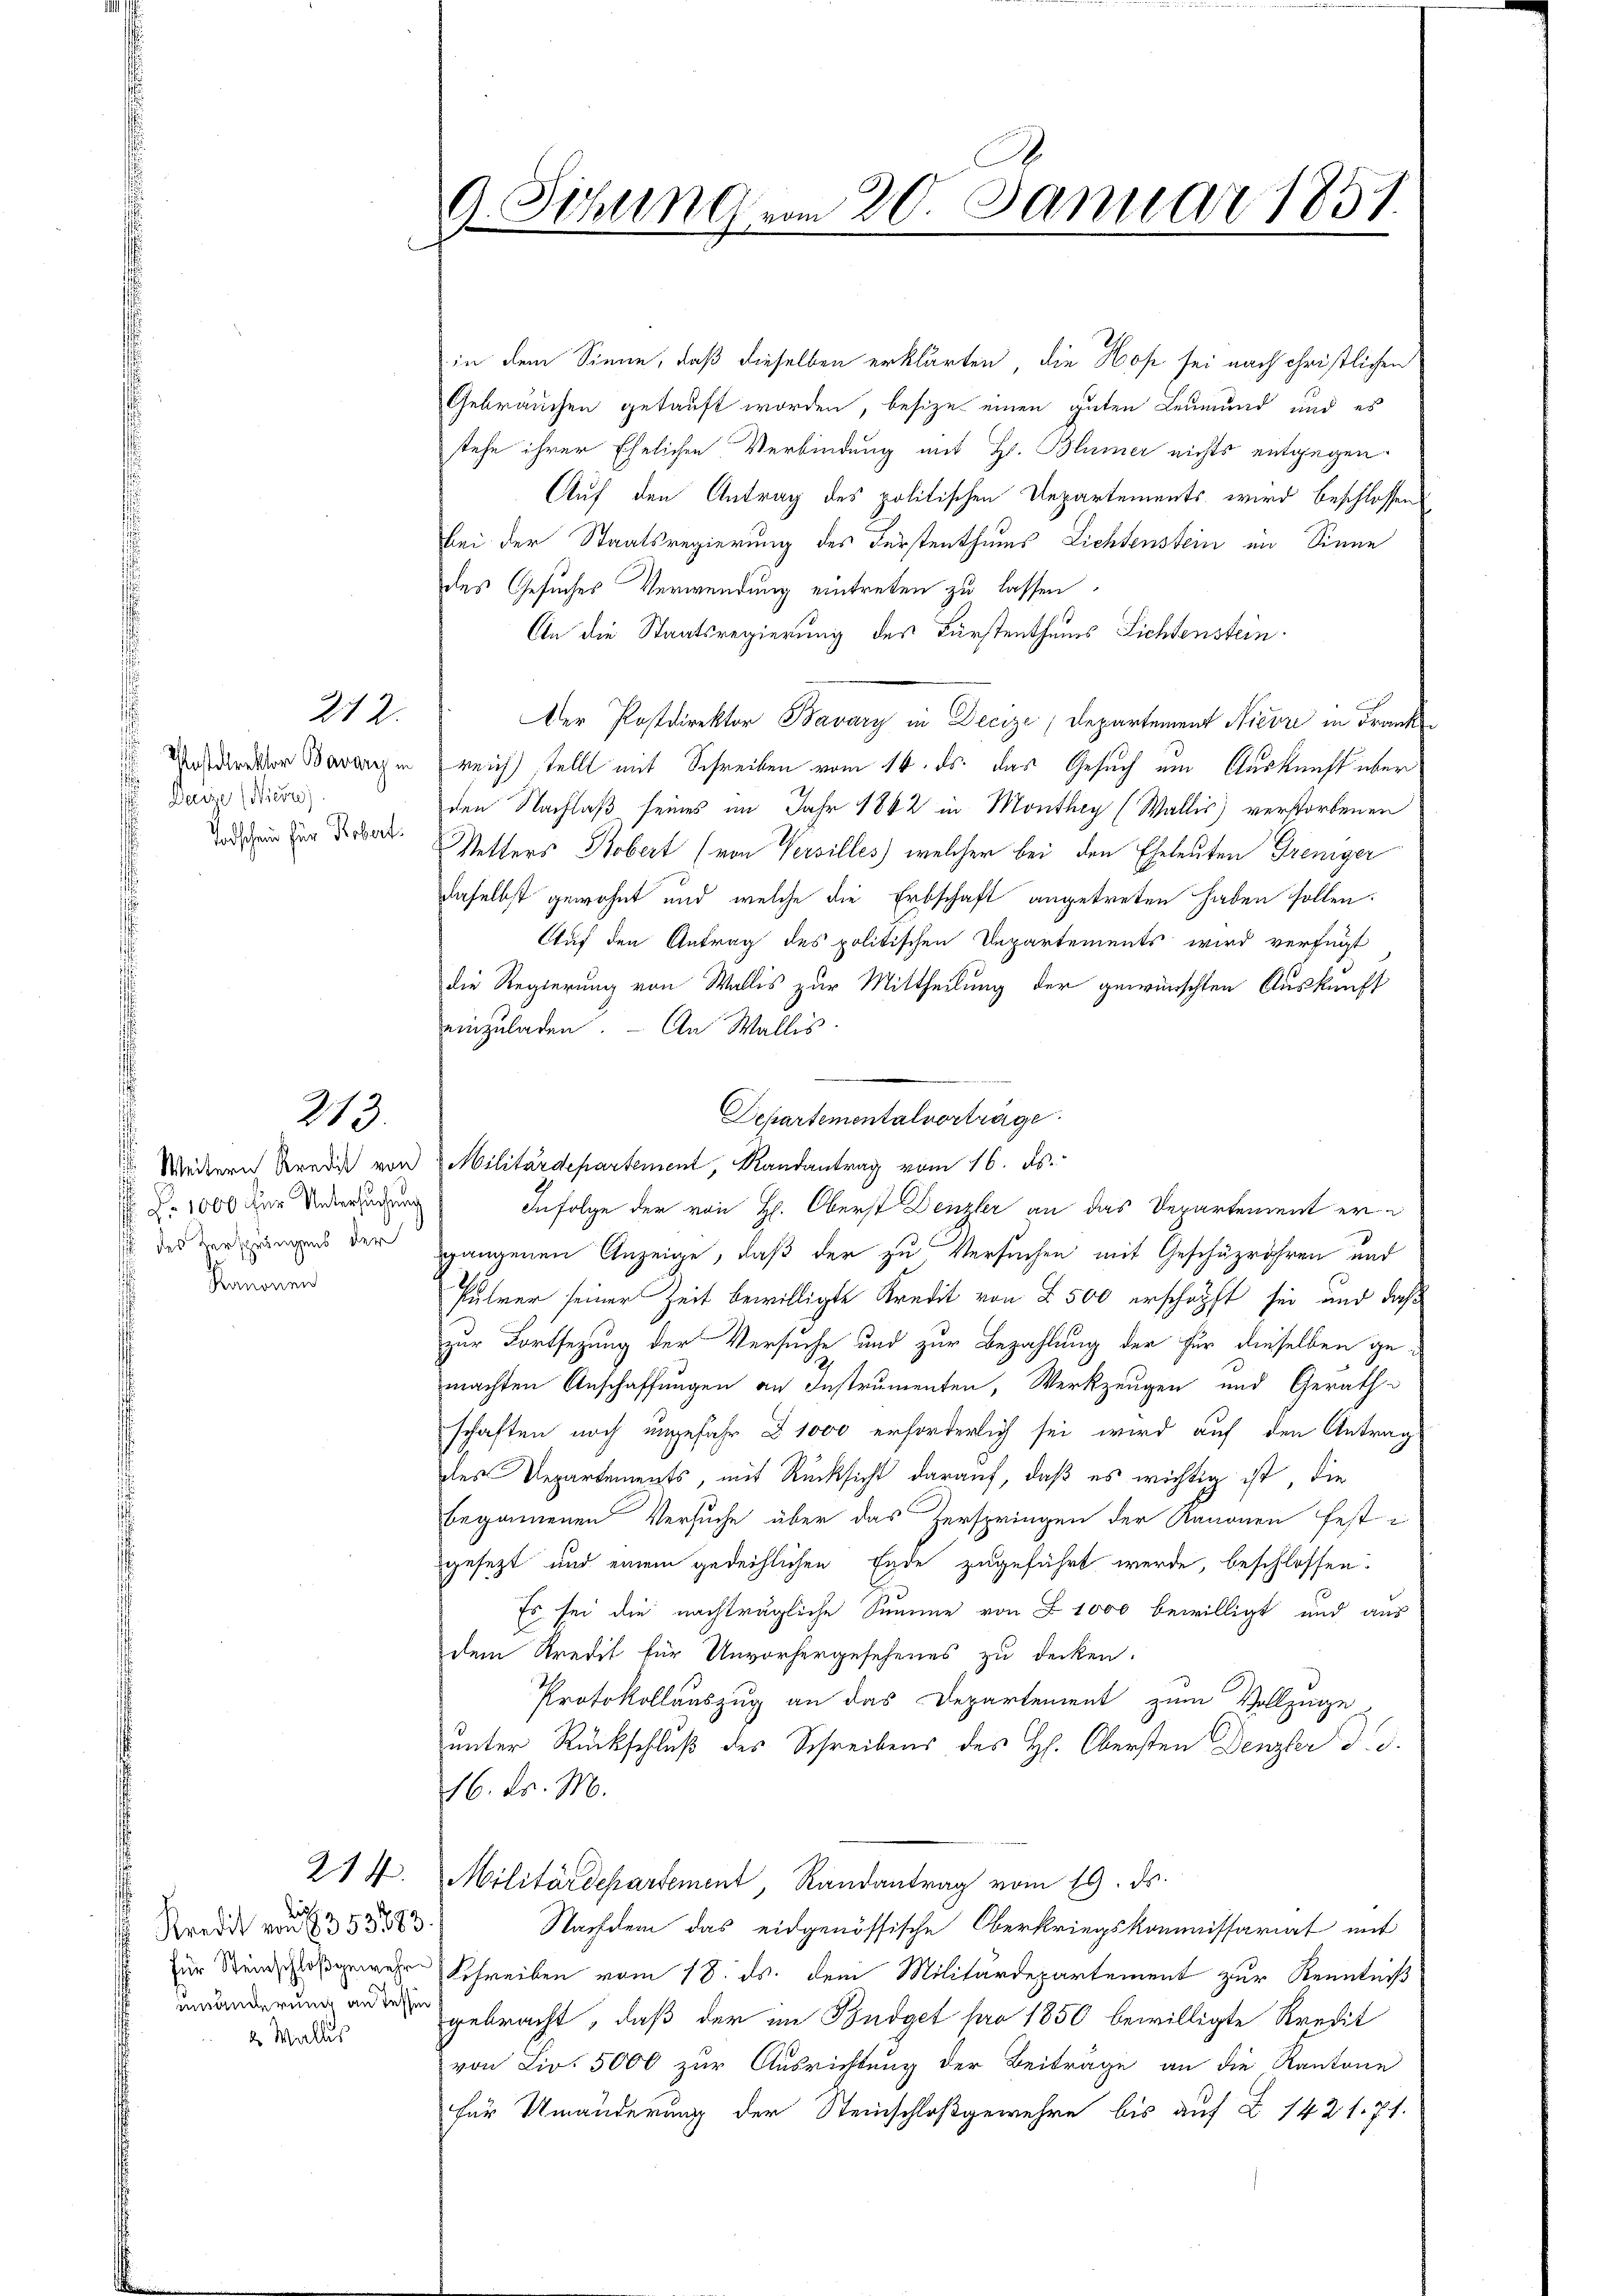
Unstdirektor Bavary in
Derize (Nicere)
Todschein für Robert.

212.

213.

No. 1000 für Untersuchung
 des Versprungens der
Kanonen

Kredit von 8353883
2 Wallis

214.

G. Sitzung vom 20. Januar 1857.

in dem Sinne, daß dieselben erklärten, die Hofe sei nach christlichen
Gebräuchen getauft worden, besize einen guten Leumund und es
stehe ihrer Ehelichen Verbindung mit Hr. Blümer nichts entgegen
Auf den Antrag des politischen Departements, wird beschlossen
bei der Staatsregierung des Fürstenthums Lichtenstein im Sinne
des Gesuches Verwendung eintreten zu lassen.
An die Staatsregierung des Fürstenthums Lichtenstein
Der Postdirektor Bavary in Decize , Departement Nievre in Frank
reich tellt mit Schreiben vom 16. ds. das Gesuch um Auskunft über
den Nachlaß seines im Jahr 1842 in Monthey (Wallis) verstorbenen
Vetters Kobert (von Versilles welcher bei den Eheleuten Trenger
daselbst gewohnt und welche die Erbschaft angetreten haben sollen.
Auf den Antrag des politischen Departements wird verfügt
die Regierung von Wallis zur Mittheilung der gewünschten Auskunft
einzuladen. - An Wallis.
 Weitern Kredit von Militärdepartement, Randantrag vom 16. ds.
gangenen Anzeige, daß der zu Versuchen mit Geschäzröhren und
Putrer seiner Zeit bewilligte Kredit von § 500 erschöpft sei, und daß
zur Fortsetzung der Versuche und zur Bezahlung der für dieselben gemachten Anschaffungen an Instrumenten, Werkzeugen und Gerath
schaften noch ungefahr 1000 erforderlich sei wird auf den Antrag
des Departements, mit Rücksicht darauf, daß es wichtig ist, die
begonnenen Versuche über das Zerspringen der Kanonen fest
gesezt und einem gedeihlichen Ende zugeführt werde, beschlossen.
Es sei die nachträgliche Summe von § 1000 bewilligt und aus
dem Kredit für Unvorhergesehenes zu decken.
Protokollauszug an das Departement zum Vollzuge
unter Rückschluß des Schreibens des H. Obersten Denzler d. d.
16. d. M.
Militärdepartement, Randantrag vom 19. ds.
Nachdem das eidgenössische Oberkriegskommissariat mit
für Steiner Schreiben vom 18. ds. dem Militärdepartement zur Kenntniß
erung an der gebracht, daß der im Budget pro 1850 bewilligte Kredit
von Lio. 5000 zur Ausrichtung der Beiträge an die Kantone
für Umänderung der Steinschloßgewehre bis auf § 1421. 71.

Departementalvorträge.
Infolge der von H. Oberst Denzler an das Departement er i